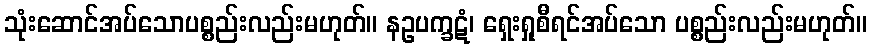
သုံးဆောင်အပ်သောပစ္စည်းလည်းမဟုတ်။ နဥပက္ခဋံ၊ ရှေးရှုစီရင်အပ်သော ပစ္စည်းလည်းမဟုတ်။